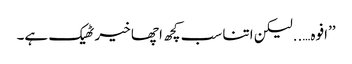
’’افوہ…..لیکن اتنا سب کچھ اچھا خیر ٹھیک ہے۔